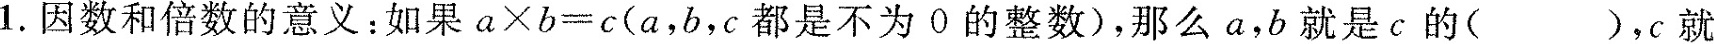
1.因数和倍数的意义：如果$$a \times b = c$$(a，b，c都是不为0的整数)，那么a，b就是c的()，c就